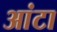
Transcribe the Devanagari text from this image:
आंटा